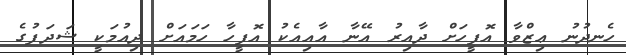
ހެނދުނު ޢިޒްވާ އޮފީހަށް ދާއިރު އޭނާ އާއިއެކު އޮފީހާ ހަމައަށް ދިއުމަކީ ޝަދަފުގެ